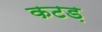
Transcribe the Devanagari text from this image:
कटड़